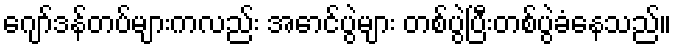
ဂျော်ဒန်တပ်များကလည်း အောင်ပွဲများ တစ်ပွဲပြီးတစ်ပွဲခံနေသည်။